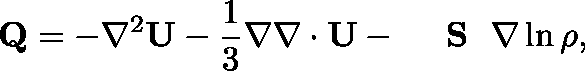
\mathbf { Q } = - \nabla ^ { 2 } \mathbf { U } - \frac { 1 } { 3 } \nabla \nabla \cdot \mathbf { U } - \mathrm { ~ \boldmath ~ { ~ \sf ~ S ~ } ~ } \nabla \ln \rho ,